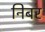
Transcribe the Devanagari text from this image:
निबर